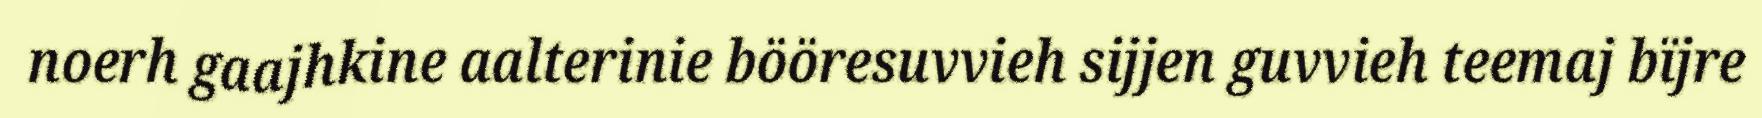
noerh gaajhkine aalterinie bööresuvvieh sijjen guvvieh teemaj bïjre